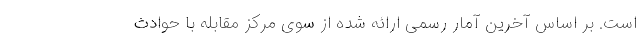
است. بر اساس آخرین آمار رسمی ارائه شده از سوی مرکز مقابله با حوادث